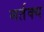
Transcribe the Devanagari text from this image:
मर्तक्य